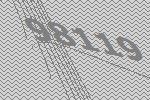
98119